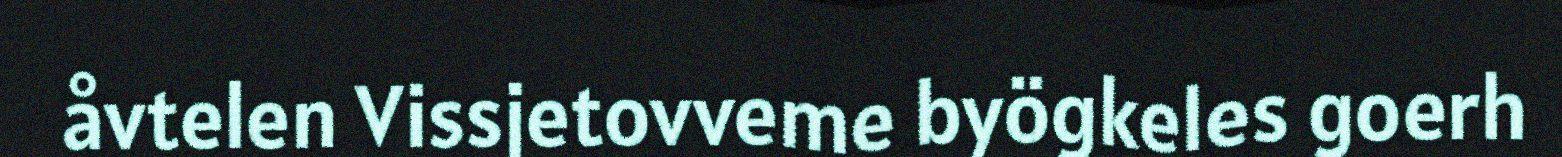
åvtelen Vissjetovveme byögkeles goerh